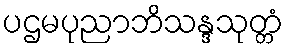
ပဌမပုညာဘိသန္ဒသုတ္တံ